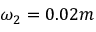
\omega _ { 2 } = 0 . 0 2 m